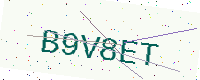
Text: B9V8ET